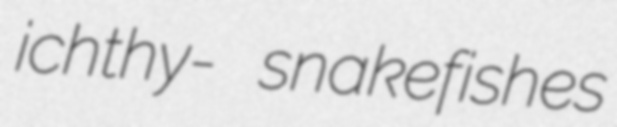
ichthy- snakefishes